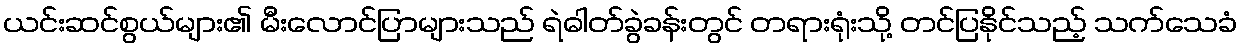
ယင်းဆင်စွယ်များ၏ မီးလောင်ပြာများသည် ရဲဓါတ်ခွဲခန်းတွင် တရားရုံးသို့ တင်ပြနိုင်သည့် သက်သေခံ